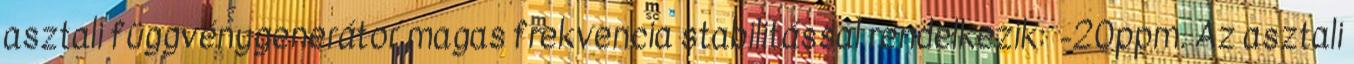
asztali függvénygenerátor magas frekvencia stabilitással rendelkezik: -20ppm. Az asztali